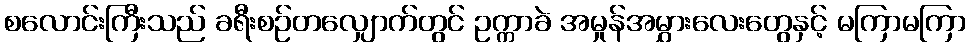
စလောင်းကြီးသည် ခရီးစဉ်တလျှောက်တွင် ဥက္ကာခဲ အမှုန်အမွှားလေးတွေနှင့် မကြာမကြာ